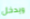
ويدخل